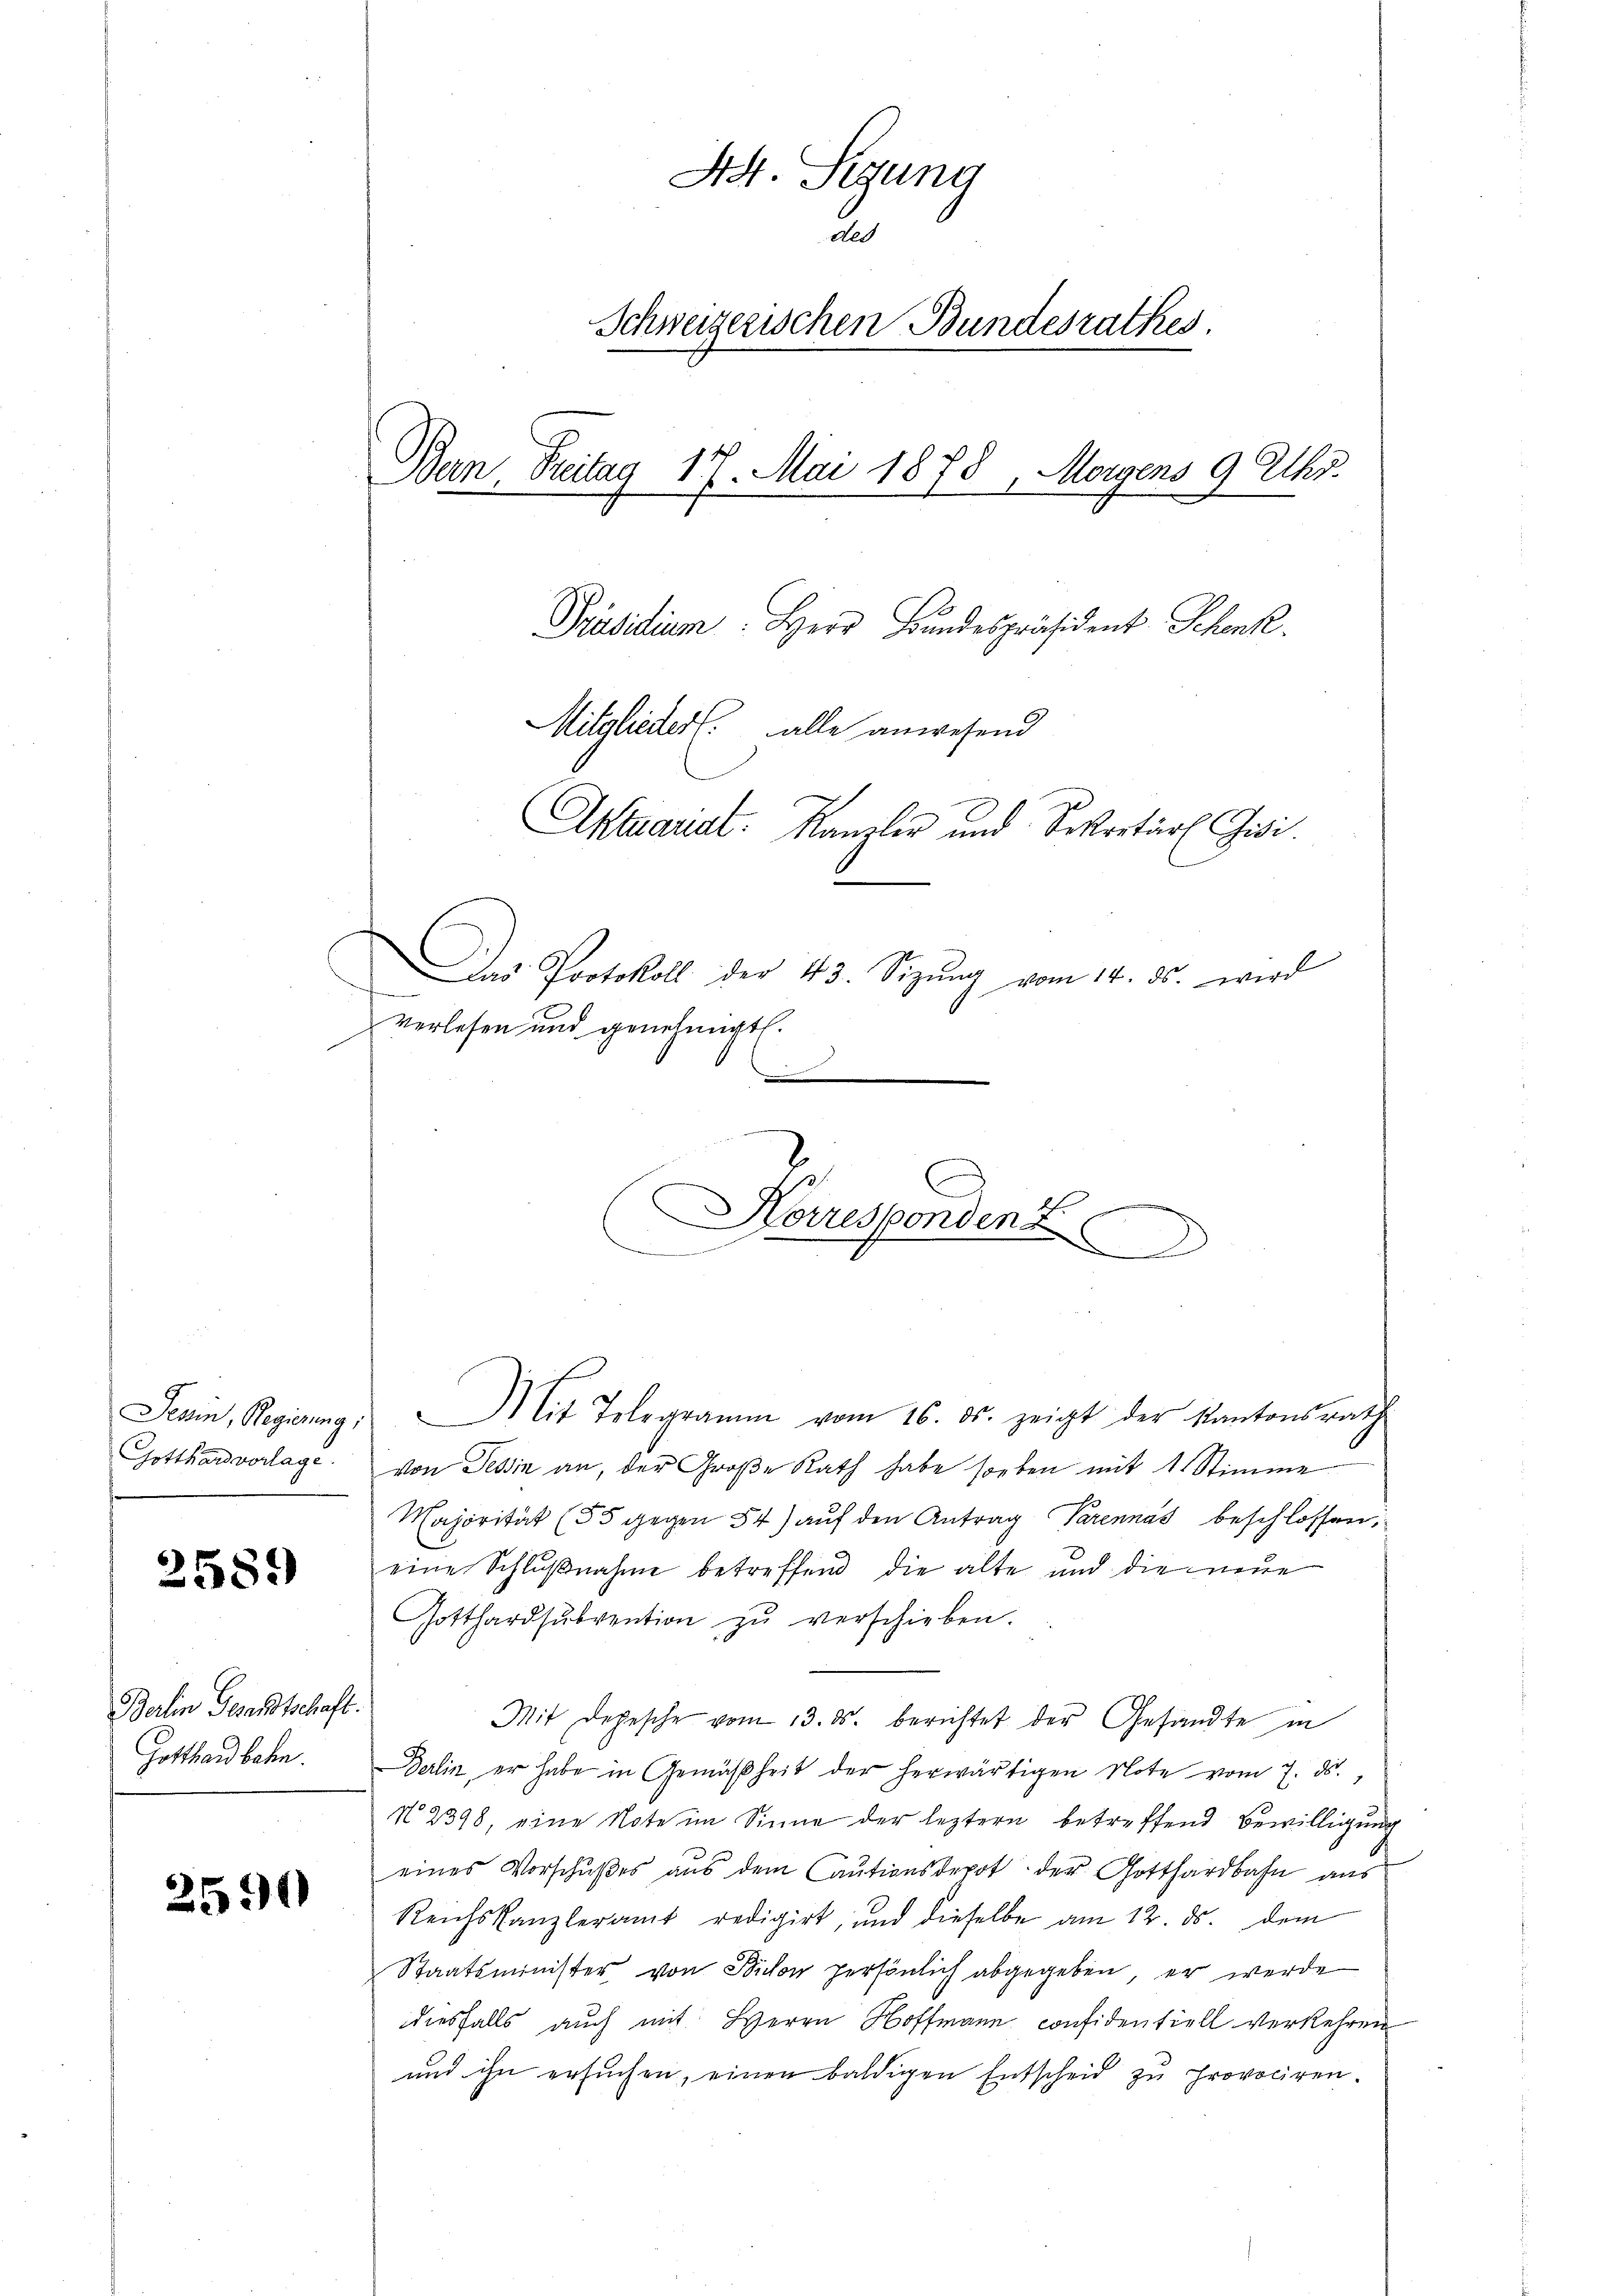
Tessin, Regierung;
Gotthardvorlage.

2589

Berlin Gesandtschaft.
Gotthardbahn.

2590

.

44 Sigung
des
Schweizerischen Bundesrathes.
d
Bern, Freitag 17. Mai 1878, Morgens 9 Uhr.
Präsidium. Herr Bundespräsident Schenk.
Mitglieder alle anwesend
Aktuariat. Kanzler und Sekretär Gisi
Das Protokoll der 43. Sizŭng vom 14. ds. wird
t
verlesen und genehmigt.

Mit Telegramm vom 16. ds. zeigt der Kantonsrath
von Tessin an, der Große Rath habe soeben mit 1 Stimme
Majorität (55 gegen 54) auf den Antrag Parennas beschlossen,
eine Schlußnahme betreffend die alte und die neue
Gotthardsŭbvention zŭ verschieben.
Mit Depesche vom 13. ds. berichtet der Gesandte in
Berlin, er habe in Gemäßheit der herwärtigen Note vom 7. ds.,
N 2398, eine Note im Sinne der leztern betreffend Bewilligung
eines Vorschußes aus dem Cautionsdepot der Gotthardbahn aus
Reichskanzleramt redigirt, und dieselbe am 12. ds. dem
Staatsminister von Bichon persönlich abgegeben, er werde
diesfalls auch mit Herrn Hoffmann considentiell verkehren
und ihn ersuchen, einen baldigen Entscheid zu provociren.

Horresponden z